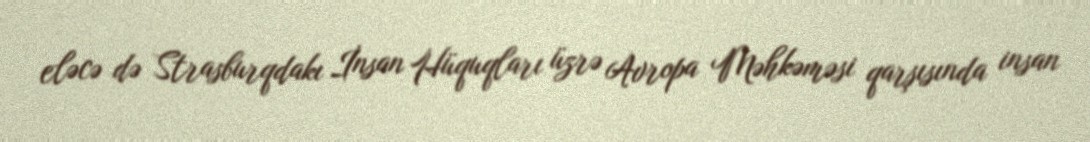
eləcə də Strasburqdakı İnsan Hüquqları üzrə Avropa Məhkəməsi qarşısında insan